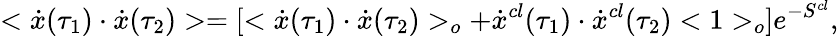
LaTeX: <\dot{x}(\tau_{1})\cdot\dot{x}(\tau_{2})>=[<\dot{x}(\tau_{1})\cdot\dot{x}(\tau_{2})>_{o}+\dot{x}^{cl}(\tau_{1})\cdot\dot{x}^{cl}(\tau_{2})<1>_{o}]e^{-S^{cl}},